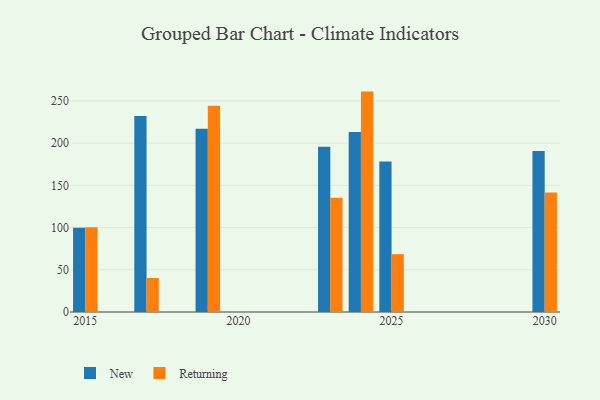
{"axis": {"x": "Year", "y": "Active Users"}, "legend": ["New", "Returning"], "data": [{"x": "2030", "y": 190.6, "type": "New"}, {"x": "2030", "y": 141.4, "type": "Returning"}, {"x": "2015", "y": 99.8, "type": "New"}, {"x": "2015", "y": 100.4, "type": "Returning"}, {"x": "2019", "y": 217.1, "type": "New"}, {"x": "2019", "y": 244.3, "type": "Returning"}, {"x": "2025", "y": 178.2, "type": "New"}, {"x": "2025", "y": 68.5, "type": "Returning"}, {"x": "2024", "y": 213.3, "type": "New"}, {"x": "2024", "y": 261.0, "type": "Returning"}, {"x": "2017", "y": 232.1, "type": "New"}, {"x": "2017", "y": 40.3, "type": "Returning"}, {"x": "2023", "y": 195.7, "type": "New"}, {"x": "2023", "y": 135.3, "type": "Returning"}]}